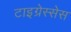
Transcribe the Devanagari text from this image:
टाइग्रेस्सेस